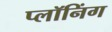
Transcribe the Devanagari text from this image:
प्लॉनिंग